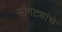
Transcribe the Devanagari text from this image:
सोंगट्यांचे